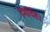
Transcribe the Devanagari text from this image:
निर्दिष्ट।